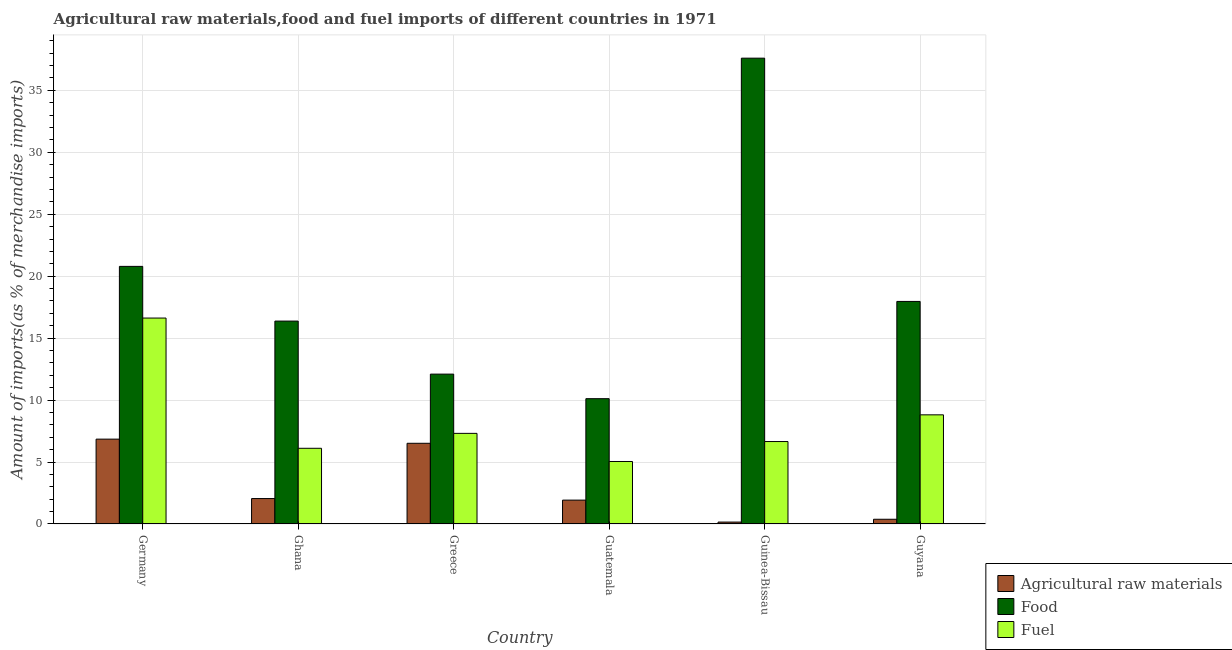
| Country | Agricultural raw materials | Food | Fuel |
 | --- | --- | --- | --- |
 | Germany | 6.85 | 20.8 | 16.6 |
 | Ghana | 2.05 | 16.4 | 6.11 |
 | Greece | 6.51 | 12.1 | 7.31 |
 | Guatemala | 1.93 | 10.1 | 5.04 |
 | Guinea-Bissau | 0.155 | 37.6 | 6.65 |
 | Guyana | 0.381 | 18 | 8.81 |